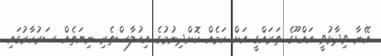
އޭނާ ވިދާޅުވީ އައްޑޫގެ ތަރައްގީ އަށް ކަމެއް ކޮށްދިނުމުގެ އިހުލާސްތެރި ނިޔަތެއް ސަރުކާރުގައި